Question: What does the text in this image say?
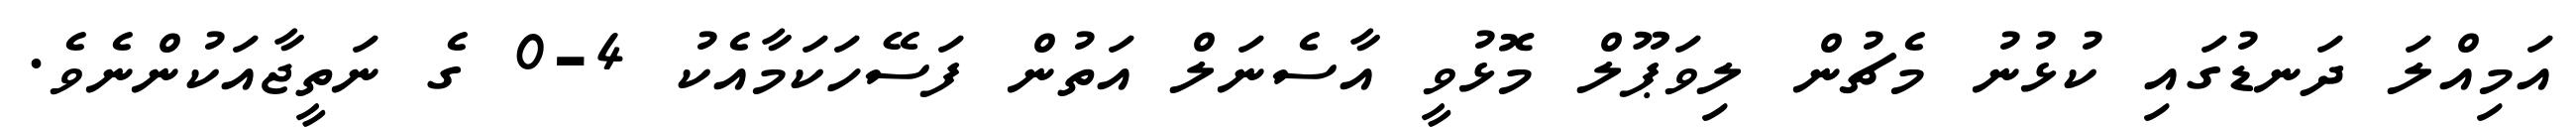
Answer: އަމިއްލަ ދަނޑުގައި ކުޅުނު މެޗުން ލިވަޕޫލް މޮޅުވީ އާސެނަލް އަތުން ފަސޭހަކަމާއެކު 4-0 ގެ ނަތީޖާއަކުންނެވެ.